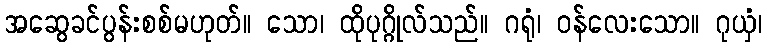
အဆွေခင်ပွန်းစစ်မဟုတ်။ သော၊ ထိုပုဂ္ဂိုလ်သည်။ ဂရုံ၊ ဝန်လေးသော။ ဂုယှံ၊